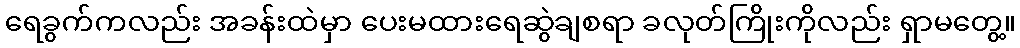
ရေခွက်ကလည်း အခန်းထဲမှာ ပေးမထားရေဆွဲချစရာ ခလုတ်ကြိုးကိုလည်း ရှာမတွေ့။